King Institute of Preventive Medicine Micro-Biological Section reports 1909-11
Year: 1909
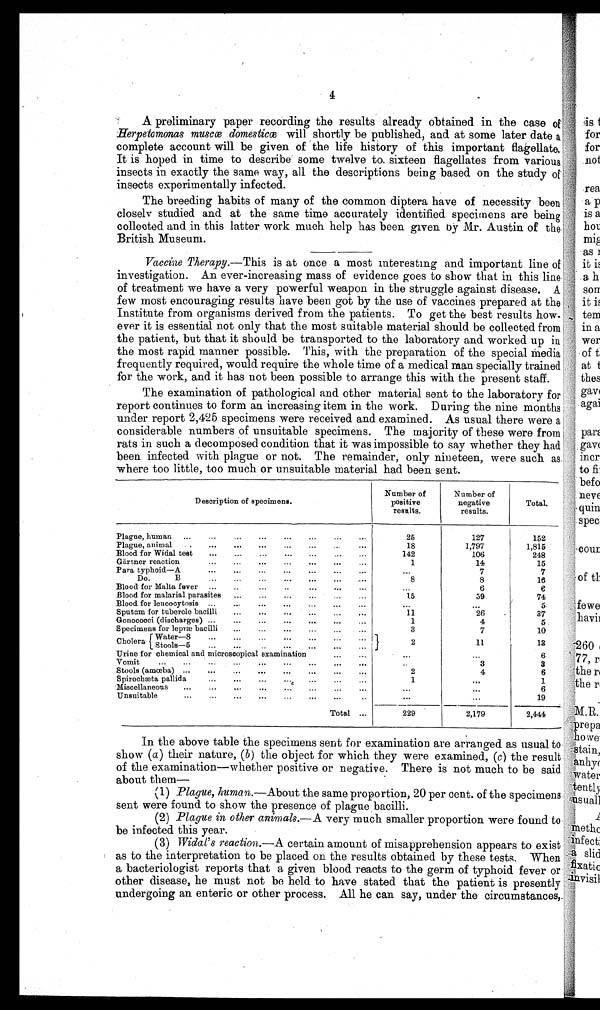
4
.
A preliminary paper recording the results already obtained in the case of
Herpetemonas musece domestiecæ will shortly be published, and at some later date a
complete account will be given of the life history of this important flagellate.
It is hoped in time to describe some twelve to. sixteen fla gellate from various. noi
insects in exactly the same way, all the descriptions being based on the study
insects experimentally infected.
, rea
The breeding habits of many of the common diptera have of necessity been a
closely studied and at the same time accurately identified specimens are being
is a
collected and in this latter work much help has been given by Mr. Austin of the
hoi
British Museum.
1114
a
–
4
Vaccine Therapy.—This is at once a most interesting and important line of it
investigation. An ever-increasing mass of evidence goes to show that in this line a h
of treatment we have a very powerful weapon in the struggle against disease. A son
few most encouraging results have been got by the use of vaccine es prepared at the it
Institute from organisms derived from the patients. To get the best results how ten
ever it is essential not only that the most suitable material should be collected from in a
the patient, but that it should be transported to the laboratory and worked up in
the most rapid manner possible. This, with the preparation of the special
media of t
f r e que nt l y r e qui r e d, woul d r e qui r e t he whol e t i me of a me di c a l ma n s pe c i a l l y t r a i ne d a t 1 ,
for the work, and it has not been possible to arrange this with the present staff.
the
The examination of pathological and other material sent to the laboratory for gay
report continues to form an increasing item in the work. During the nine months aga
under report 2,425 specimens were received and examined. As usual there were a
considerable numbers of unsuitable specimens. The majority of these were from
Pan
rats in such a decomposed condition that it was impossible to say whether they had 1 gav
been infected with plague or not. The remainder, only nineteen, were such as ilia
where too little, too much or unsuitable material had been sent.
to fi
Number of
Number of
Description of specimens.
positive
negative
Total.
results.
results.
Plague, human
...
...
...
...
...
...
c
...
25
127
152
Plague, animal
.
...
...
...
...
...
..
...
18
1,797
1,815
Blood for Widai test
...
...
...
...
...
...
142
106
248
Gartner reaction
...
...
...
...
...
...
...
1
14
15
Para typhoid—A...
...
...
...
...
...
7
7
...
Do.
B
8
8
16
Blood for Malta fever ...
..6
e . . .
. .
. . .
. . .
. . .
. . .
Blood for malarial parasites
..
15
59
74
"" — . — ...
Blood for leucocytosis ...
....
...
...
...
...
... ...
.
5.
Sputum for tubercle bacilli
...
...
...
...
.,.
...
11
26
. 37
Gonococci (discharges)
...
...
...
...
.,1
4
5
.
...
Specimens for lepræ bacilli
...3
7
...
...
...
...
...
Water- —8
Cholera
2
11
13
...
...
...
...
Urine for chemical and microscopical examination6
• -
—
...
Vomit...
...
..
...
...
...
...
...
...
Stools(amoωba) ...
...
...
...
...
,..
...
...
2
4
6
Spirochæta pallida
1
...
1
Miscellaneous...
...
...
...
...
...
...
...
. ... 6
Uns uitable
...
...
...
...
...
...
...
...
...
19
—
—
Total ...
229
2,179
2,444
In the above table the specimens sent for examination are arranged as usual to
show (a) their nature, (b) the object for which they were examined, (c) the result
of the examination—whether positive or negative. There is not much to be said
about them
(1) Plague, human.—About the same proportion, 20 per cent. of the specimens
sent were found to show the presence of plague bacilli.
(2) Plague in other animals.— A very much smaller proportion were found
be infected this year.
(3) Widal's reaction.—.A certain amount of misapprehension appears to exist
as to the interpretation to be placed on the results obtained by these tests. When
a bacteriologist reports that a given blood reacts to the germ of typhoid fever or
other disease, he must not be held to have stated that the patient is presently'
undergoing an enteric or other process. All he can say, under the circumstances,..,